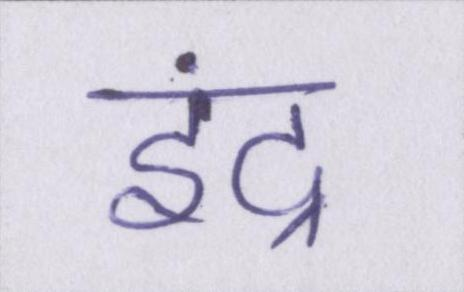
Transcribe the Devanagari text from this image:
इंद्र